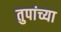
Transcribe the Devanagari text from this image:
तुपांच्या